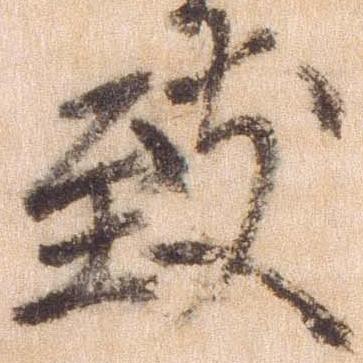
致